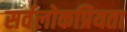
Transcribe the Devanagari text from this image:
सर्वलोकप्रियता